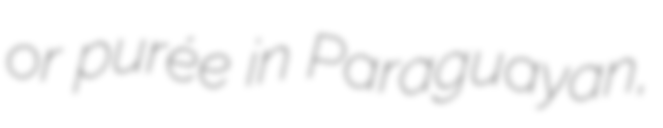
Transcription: or purée in Paraguayan,